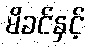
မိခင်နှင့်